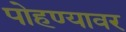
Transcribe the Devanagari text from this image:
पोहण्यावर